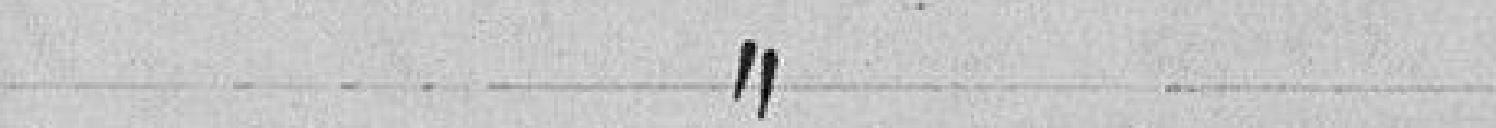
a l'article 11